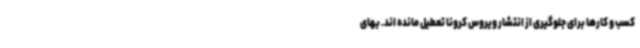
کسب و کارها برای جلوگیری از انتشار ویروس کرونا تعطیل مانده اند. بهای